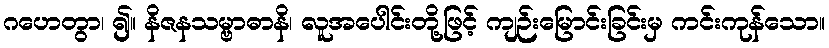
ဂဟေတွာ၊ ၍။ နိဇနသမ္ဗာဓာနိ၊ လူအပေါင်းတို့ဖြင့် ကျဉ်းမြောင်းခြင်းမှ ကင်းကုန်သော။